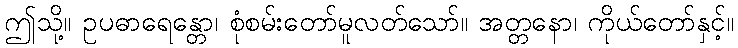
ဤသို့။ ဥပဓာရေန္တော၊ စုံစမ်းတော်မူလတ်သော်။ အတ္တနော၊ ကိုယ်တော်နှင့်။